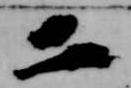
二